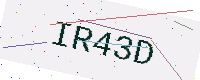
Text: IR43D